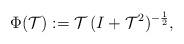
LaTeX: \begin{align*}\Phi(\mathcal{T}):=\mathcal{T}\,(I+\mathcal{T}^2)^{-\frac{1}{2}},\end{align*}